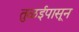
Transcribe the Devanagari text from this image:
तुळईपासून